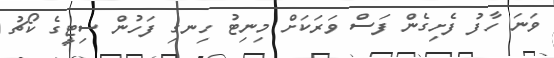
ވަނަ ހާފު ފެށިގެން ފަސް ވަރަކަށް މިނިޓު ހިނގި ފަހުން ސިޓީގެ ކޯޗު